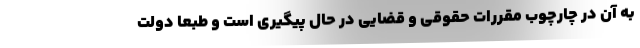
به آن در چارچوب مقررات حقوقی و قضایی در حال پیگیری است و طبعا دولت